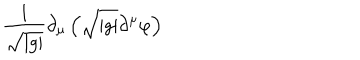
\frac { 1 } { \sqrt { | g | } } \partial _ { \mu } \left( \sqrt { | g | } \partial ^ { \mu } \varphi \right)